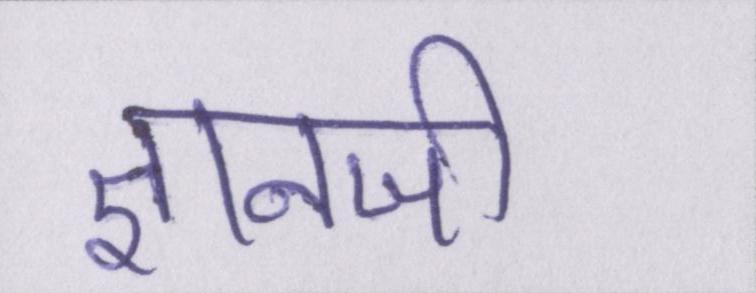
ज्ञानजी